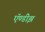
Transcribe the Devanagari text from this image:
ऍण्डीझ